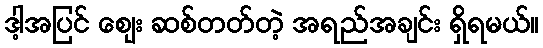
ဒါ့အပြင် ဈေး ဆစ်တတ်တဲ့ အရည်အချင်း ရှိရမယ်။